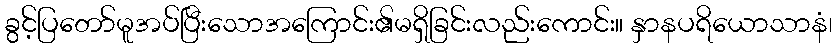
ခွင့်ပြတော်မူအပ်ပြီးသောအကြောင်း၏မရှိခြင်းလည်းကောင်း။ နှာနပရိယောသာနံ၊